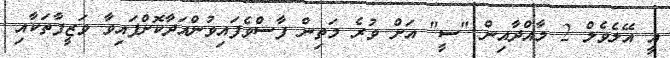
އީ އޭލެވެލް 2 މާއްދާއިން "ސީ" އަށް ވުރެ މަތިން ފާސްވެފައިވުންއަދާކޮށްފައިވާ ވަޒީފާތަކާއި